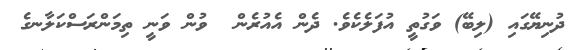
ދުނިޔޭގައި (ލިބޭ) ވަގުތީ އުފަލެކެވެ. ދެން އެއުރެން  ވުން ވަނީ ތިމަންރަސްކަލާނގެ